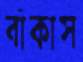
বাঁকাস